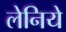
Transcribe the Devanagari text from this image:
लेनिये